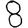
Digit: 8